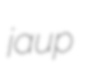
jaup